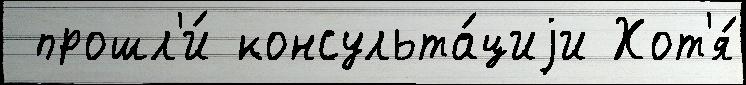
 прошл'и́ консульта́циjи Хот'я́